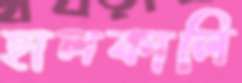
হালকালি